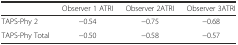
<table><thead><tr><td></td><td><b>Observer 1 ATRI</b></td><td><b>Observer 2ATRI</b></td><td><b>Observer 3ATRI</b></td></tr></thead><tbody><tr><td>TAPS-Phy 2</td><td>−0.54</td><td>−0.75</td><td>−0.68</td></tr><tr><td>TAPS-Phy Total</td><td>−0.50</td><td>−0.58</td><td>−0.57</td></tr></tbody></table>